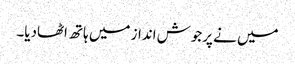
میں نے پرجوش انداز میں ہاتھ اٹھادیا۔